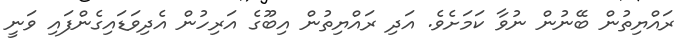
ރައްޔިތުން ބޭނުން ނުވާ ކަމަށެވެ. އަދި ރައްޔިތުން އިބޫގެ އަރިހުން އެދިވަޑައިގެންފައި ވަނީ